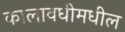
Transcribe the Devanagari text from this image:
कालावधीमधील